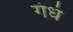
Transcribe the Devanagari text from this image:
गंधं